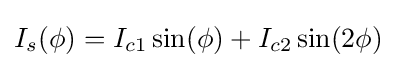
I_{s}(\phi )=I_{c1}\sin(\phi )+I_{c2}\sin(2\phi )